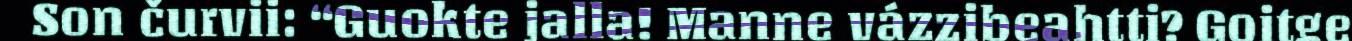
Son čurvii: “Guokte jalla! Manne vázzibeahtti? Goitge